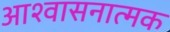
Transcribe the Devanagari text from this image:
आश्वासनात्मक